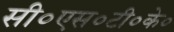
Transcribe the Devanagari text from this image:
सी०एस०टी०के०